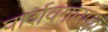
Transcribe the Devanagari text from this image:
पार्शवगायक